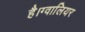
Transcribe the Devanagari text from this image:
है।ग्वालियर